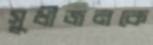
সুধীজনকে